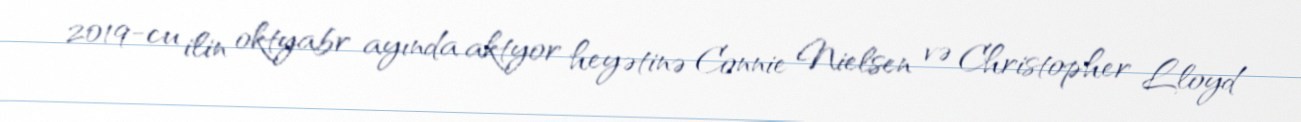
2019-cu ilin oktyabr ayında aktyor heyətinə Connie Nielsen və Christopher Lloyd